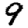
Digit: 9